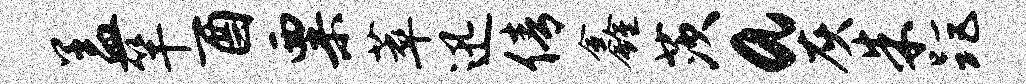
盖竿酉粟萃迅倩鑫茨a灰朱距